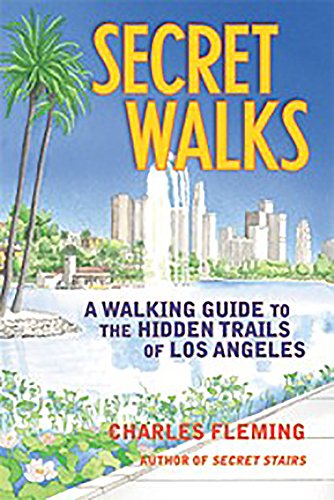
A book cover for Secret Walks: A Walking Guide to the Hidden Trails of Los Angeles; Charles Fleming; Health, Fitness & Dieting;